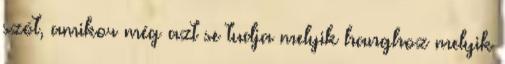
szót, amikor még azt se tudja melyik hanghoz melyik